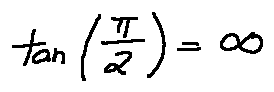
\tan ( \frac { \pi } { 2 } ) = \infty